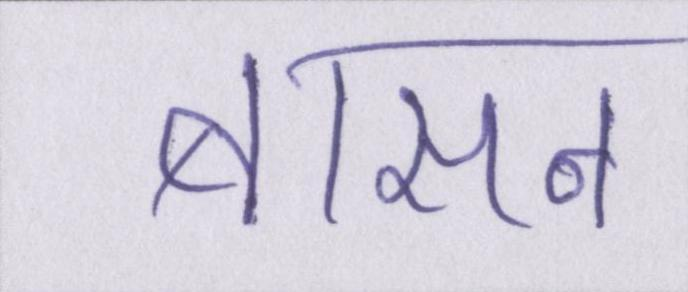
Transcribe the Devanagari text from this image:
बासन